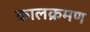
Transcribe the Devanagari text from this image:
कालक्रमण